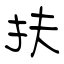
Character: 扶